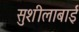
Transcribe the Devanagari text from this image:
सुशीलाबाई